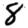
Digit: 8